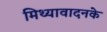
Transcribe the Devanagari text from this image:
मिथ्यावादनके